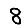
Digit: 8